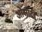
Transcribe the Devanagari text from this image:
ओसोटी